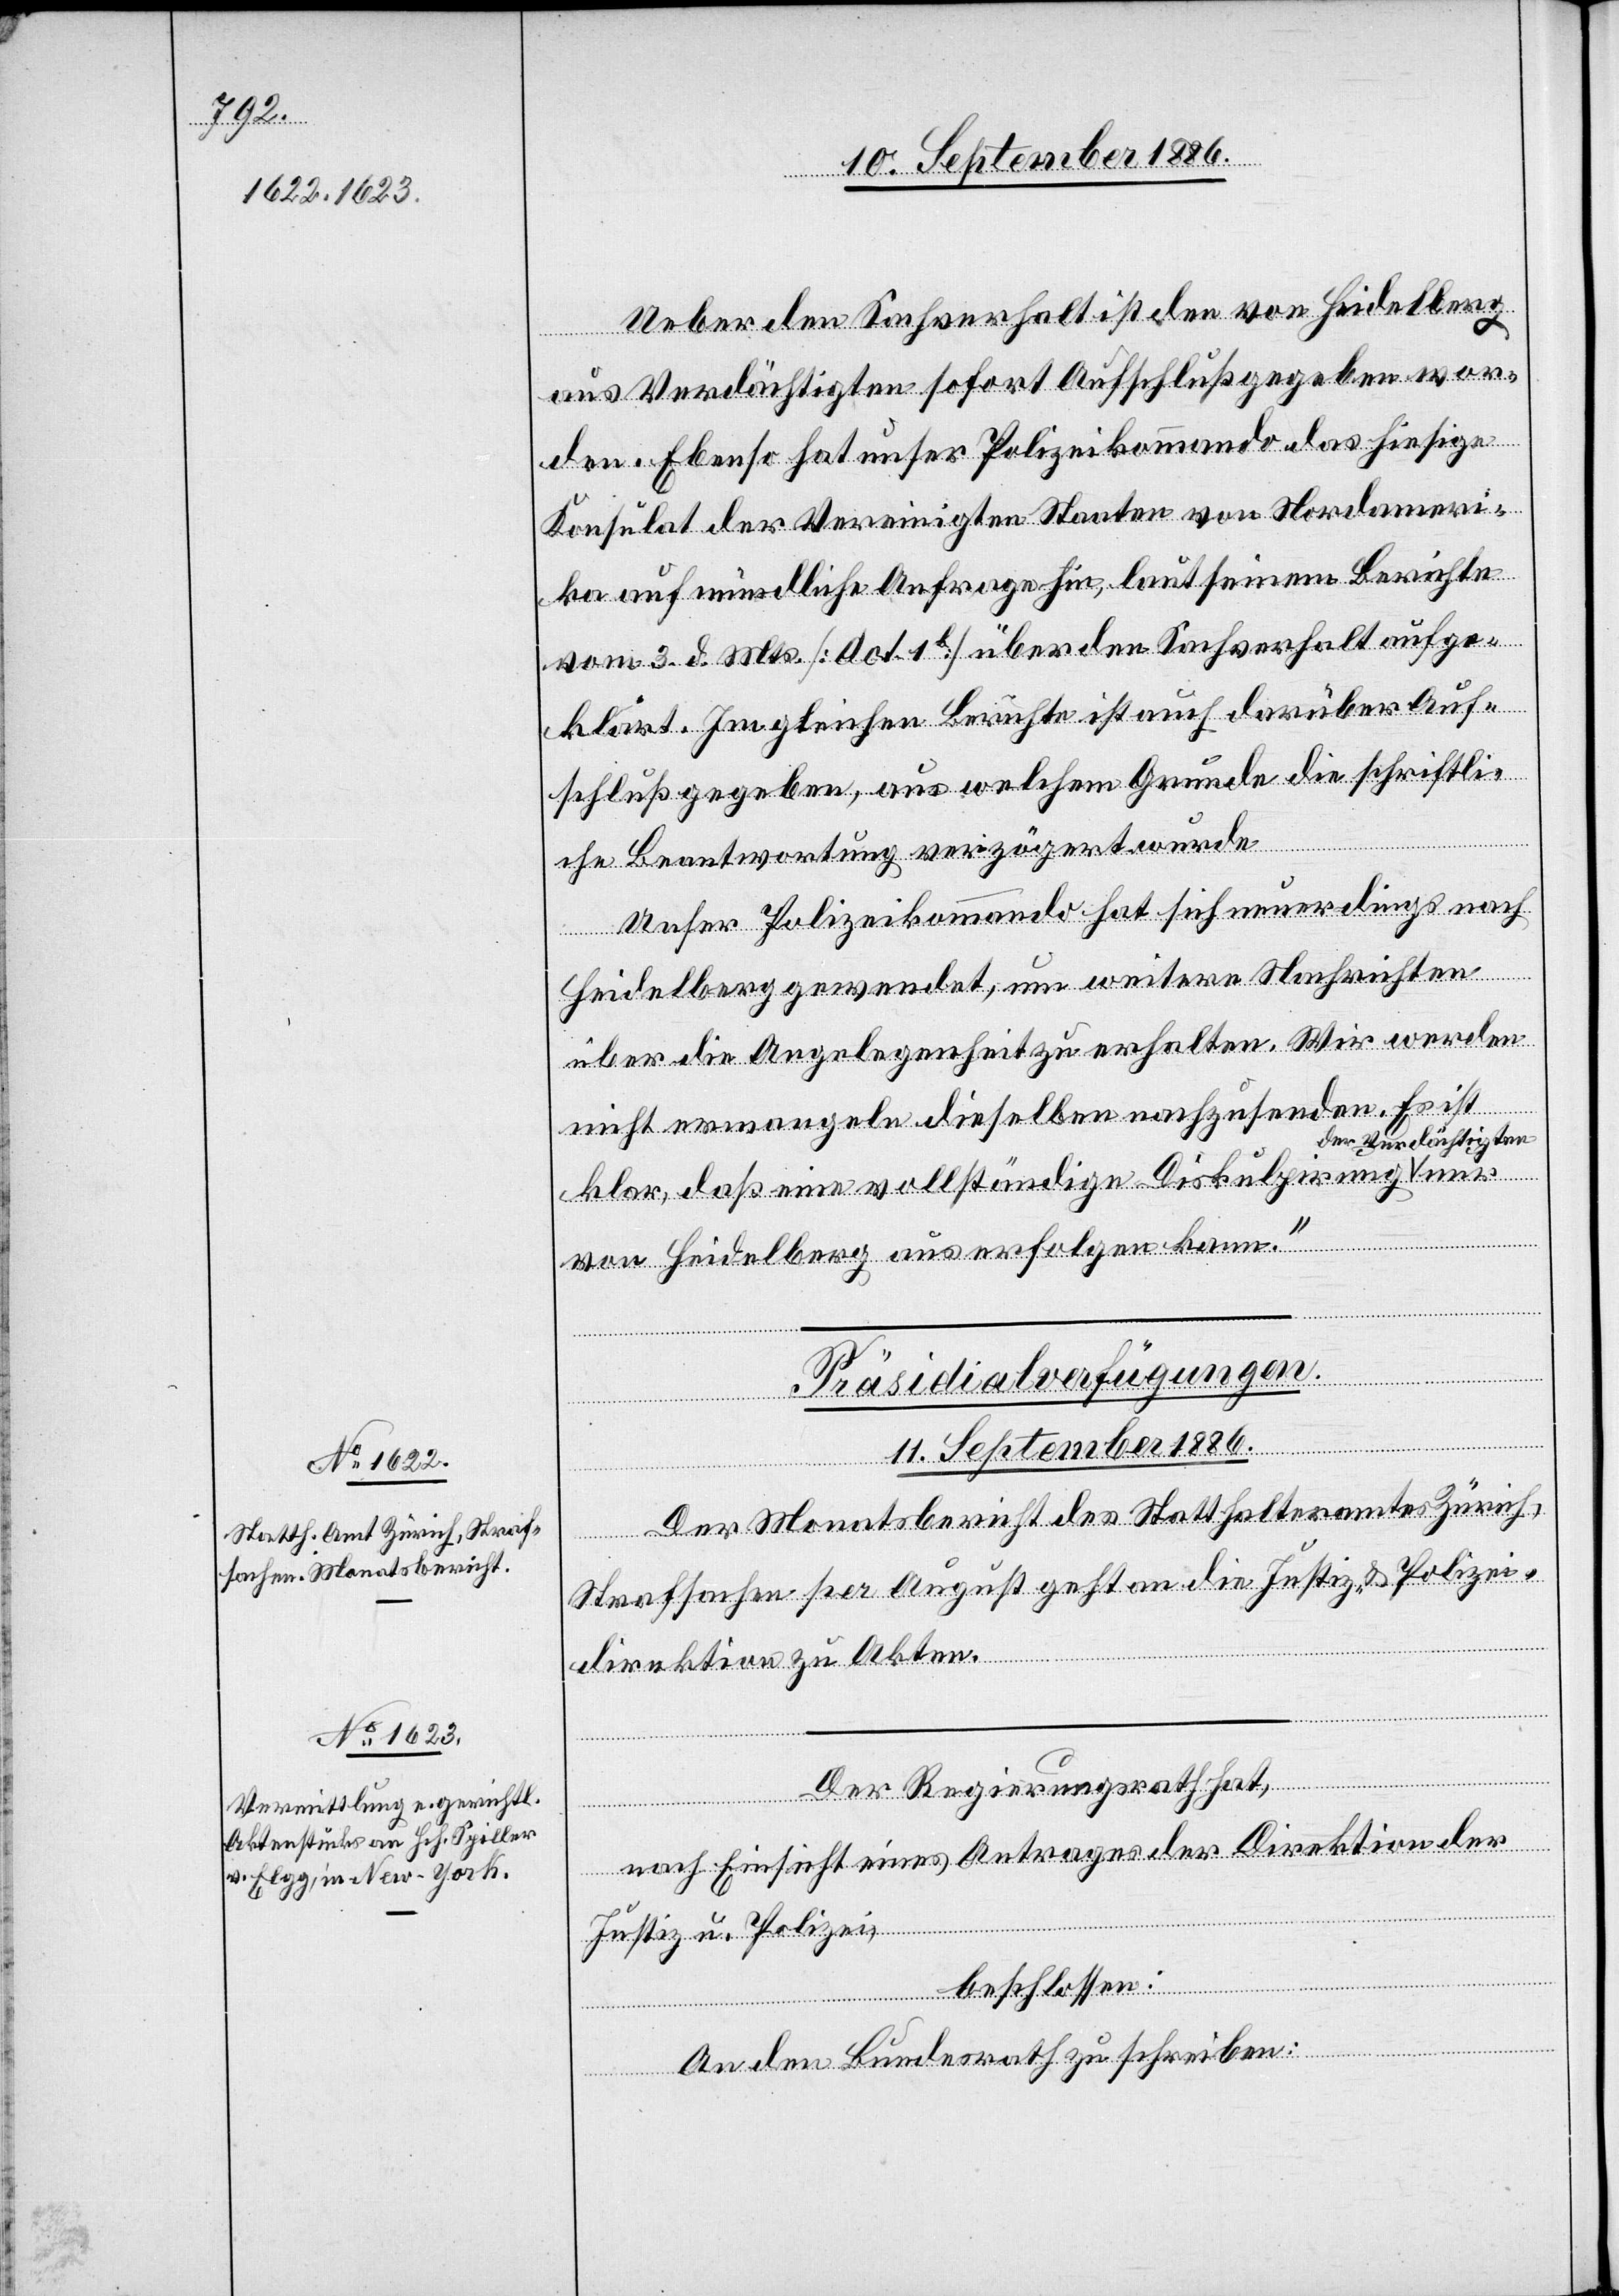
11. September 1886.]
Ueber den Sachverhalt ist den von Heidelberg
aus Verdächtigten sofort Aufschluß gegeben wor¬
den. Ebenso hat unser Polizeikommando das hiesige
Konsulat der Vereinigten Staaten von Nordameri¬
ka auf mündliche Anfrage hin, laut seinem Berichte
vom 3. d. Mts. [Act. 1b] über den Sachverhalt aufge¬
klärt. Im gleichen Berichte ist auch darüber Auf¬
schluß gegeben, aus welchem Grunde die schriftli¬
che Beantwortung verzögert wurde.
Unser Polizeikommando hat sich neuerdings nach
nur
Heidelberg gewendet, um weitere Nachrichten
über die Angelegenheit zu erhalten. Wir werden
nicht ermangeln dieselben nachzusenden. Es ist
der Verdächtigten
klar, daß eine vollständige Diskulpirung
von Heidelberg aus erfolgen kann.“
[Präsidialverfügungen.
Der Monatsbericht des Statthalteramtes Zürich,
Strafsachen per August geht an die Justiz- & Polizei¬
direktion zu Akten.
Der Regierungsrath hat,
nach Einsicht eines Antrages der Direktion der
Justiz u. Polizei,
beschlossen:
An den Bundesrath zu schreiben: